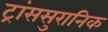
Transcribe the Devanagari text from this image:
ट्रांससुरानिक